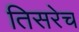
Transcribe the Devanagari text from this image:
तिसरेच